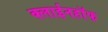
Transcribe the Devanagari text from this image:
क्लाईनहॉफ